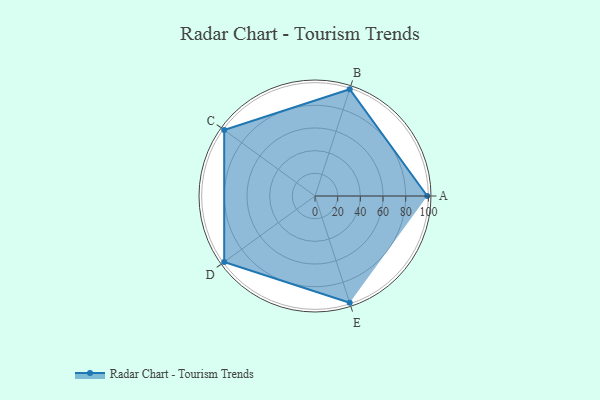
{"axis": {"x": "Skill", "y": "Score"}, "legend": ["Profile"], "data": [{"x": "A", "y": 99, "type": "Profile"}, {"x": "B", "y": 99, "type": "Profile"}, {"x": "C", "y": 99, "type": "Profile"}, {"x": "D", "y": 99, "type": "Profile"}, {"x": "E", "y": 99, "type": "Profile"}]}